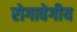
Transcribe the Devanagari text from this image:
रोगावेगीय